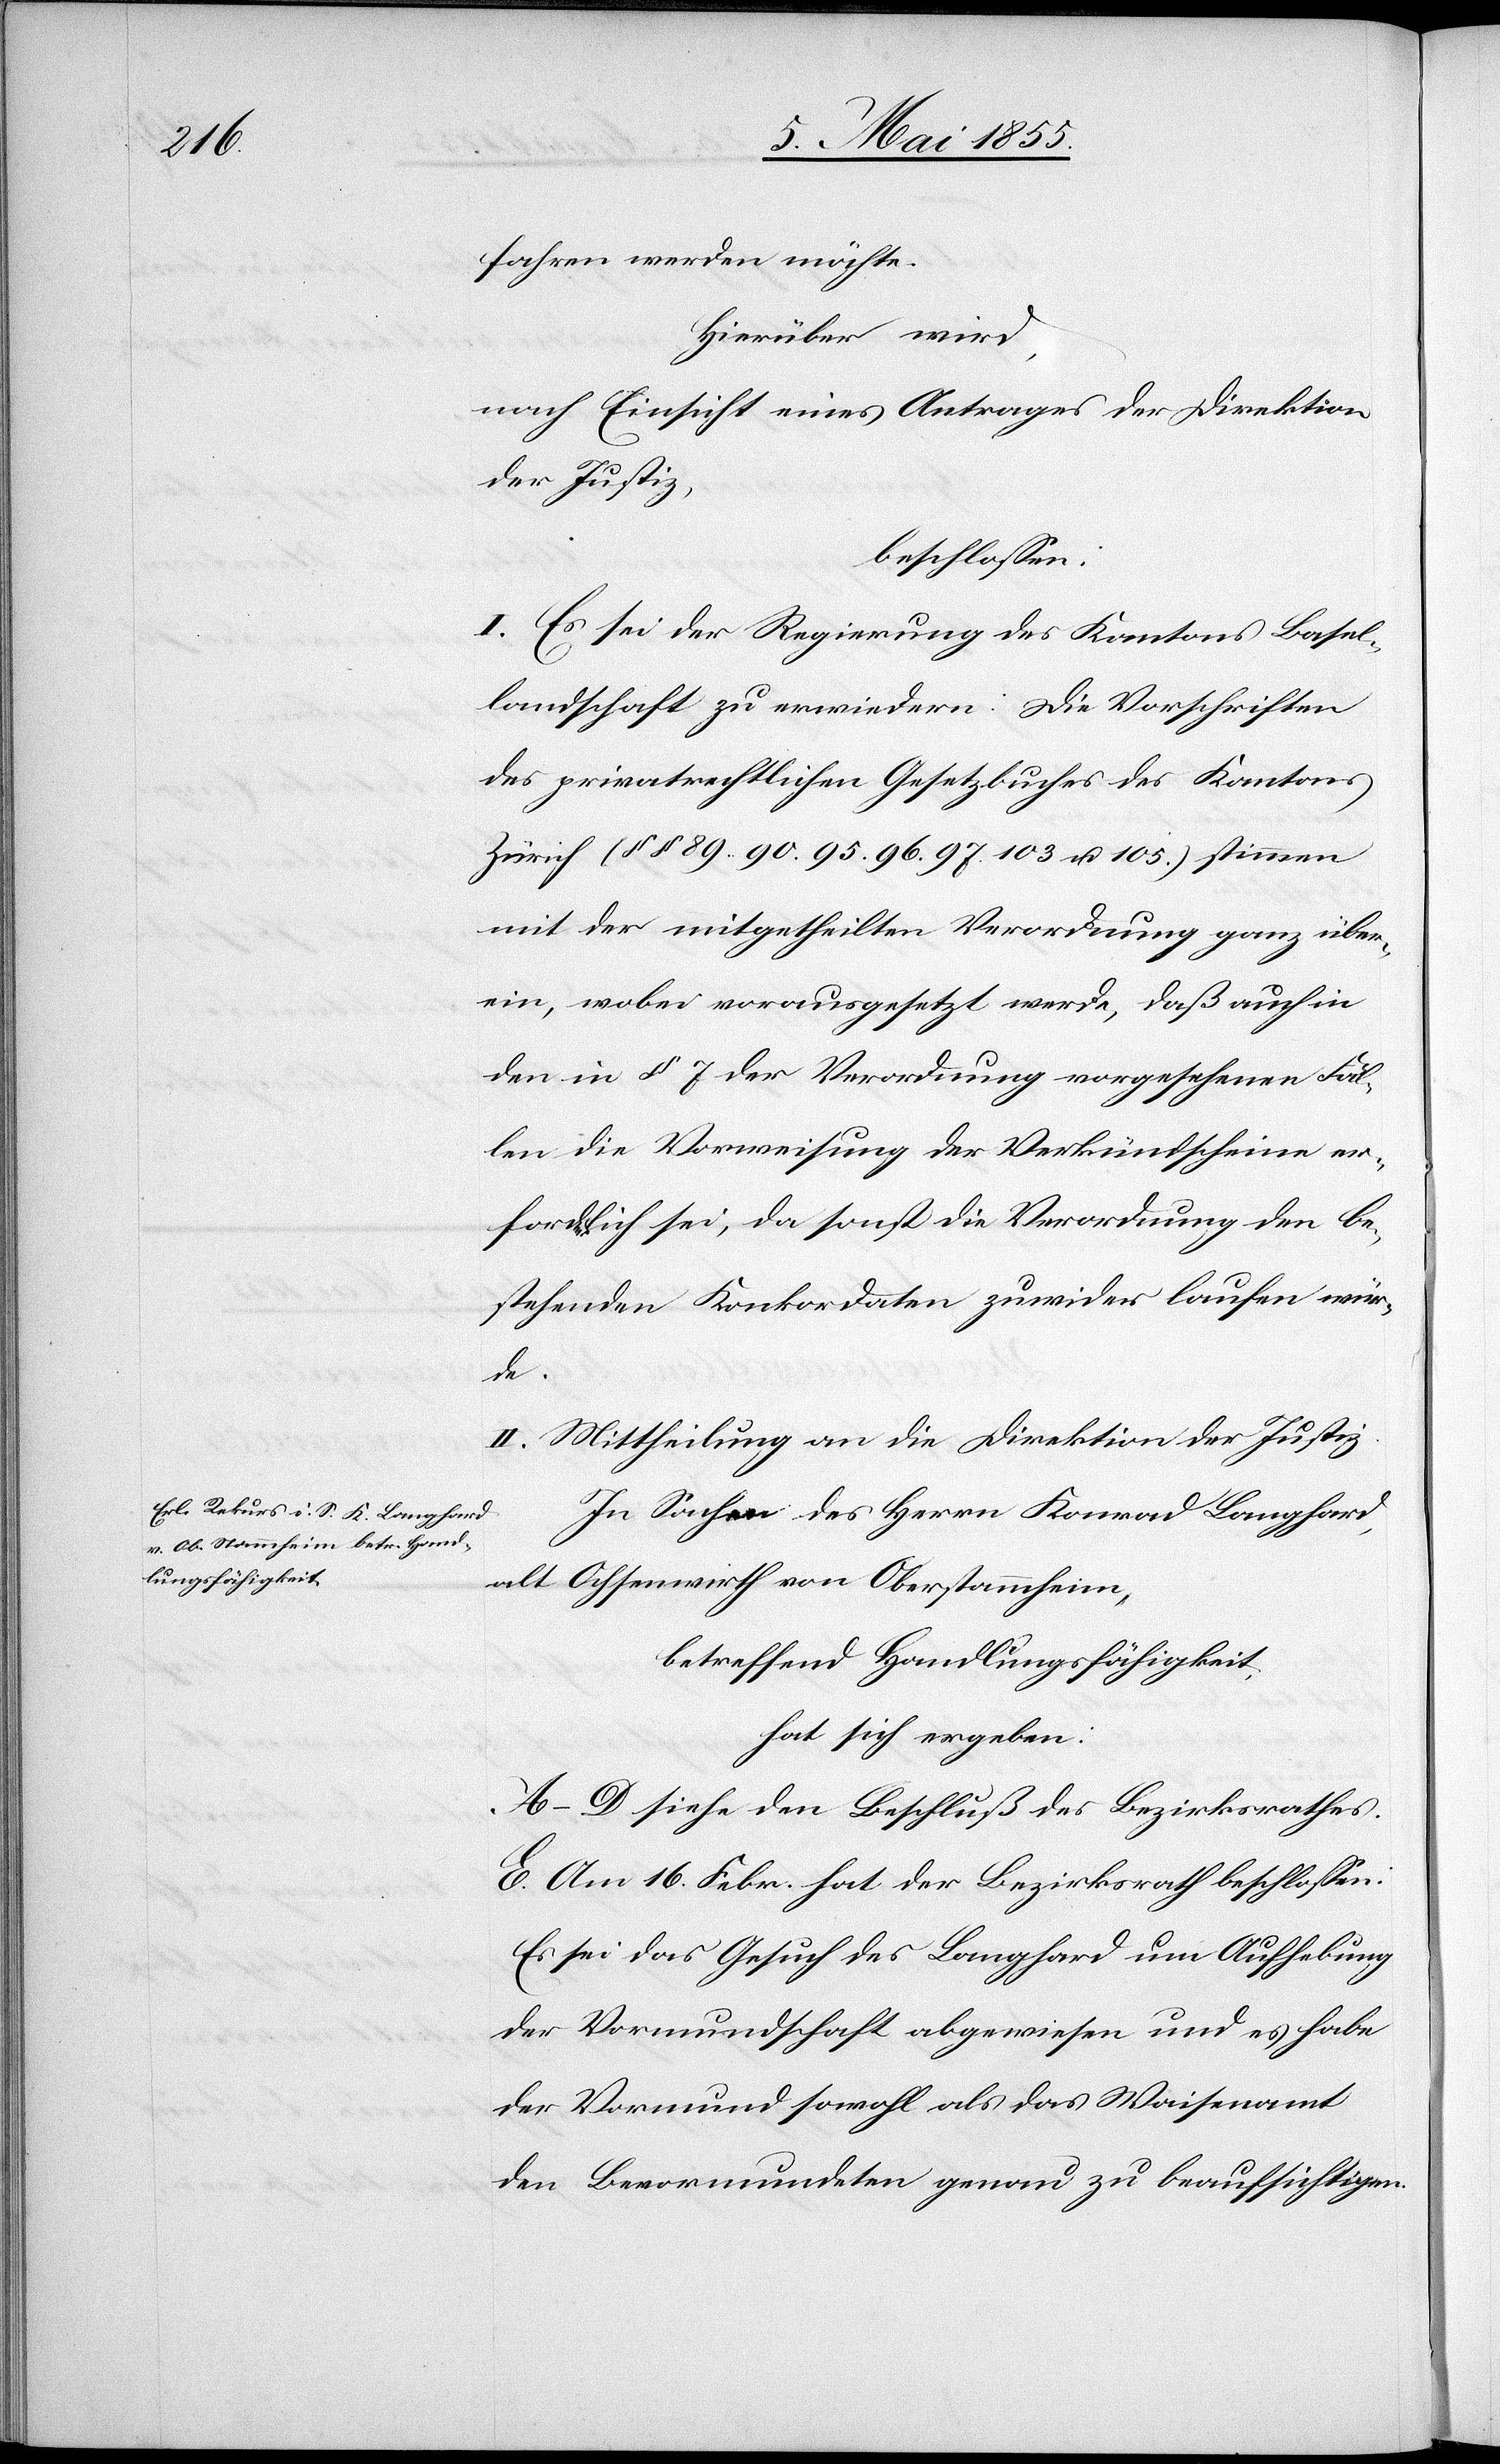
fahren werden möchte.
Hierüber wird,
nach Einsicht eines Antrages der Direktion
der Justiz,
beschlossen:
I. Es sei der Regierung des Kantons Basel¬
landschaft zu erwiedern: Die Vorschriften
des privatrechtlichen Gesetzbuches des Kantons
Zürich (§§ 89. 90. 95. 96. 97. 103 u. 105.) stimmen
mit der mitgetheilten Verordnung ganz über¬
ein, wobei vorausgesetzt werde, daß auch in
den in § 7 der Verordnung vorgesehenen Fäl¬
len die Vorweisung der Verkündscheine er¬
forderlich sei, da sonst die Verordnung den be¬
stehenden Konkordaten zuwider laufen wür¬
de.
II. Mittheilung an die Direktion der Justiz[.]
In Sachen des Herrn Konrad Langhard,
alt Ochsenwirth von Oberstammheim,
betreffend Handlungsfähigkeit,
hat sich ergeben:
A–D siehe den Beschluß des Bezirksrathes.
E. Am 16. Febr. hat der Bezirksrath beschlossen:
Es sei das Gesuch des Langhard um Aufhebung
der Vormundschaft abgewiesen und es habe
der Vormund sowohl als das Waisenamt
den Bevormundeten genau zu beaufsichtigen.